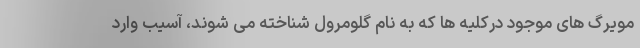
مویرگ های موجود درکلیه ها که به نام گلومرول شناخته می شوند، آسیب وارد